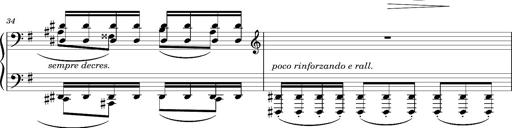
Title: Album-Leaf "Andante religioso"
Composer: Franz Liszt
Key: G major